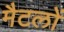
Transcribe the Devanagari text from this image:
मैटलों